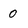
Character: 0